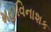
મહાવિનાશક